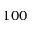
1 0 0